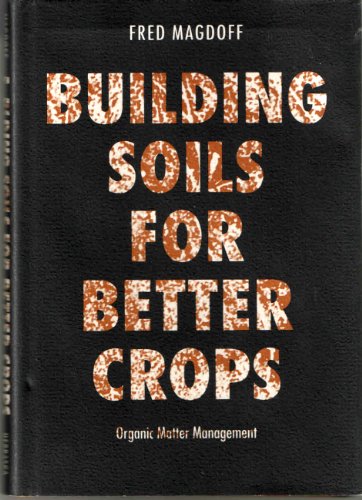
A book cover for Building Soils for Better Crops: Organic Matter Management (Our Sustainable Future); Fred Magdoff; Crafts, Hobbies & Home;